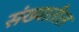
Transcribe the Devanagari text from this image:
संख्यातील